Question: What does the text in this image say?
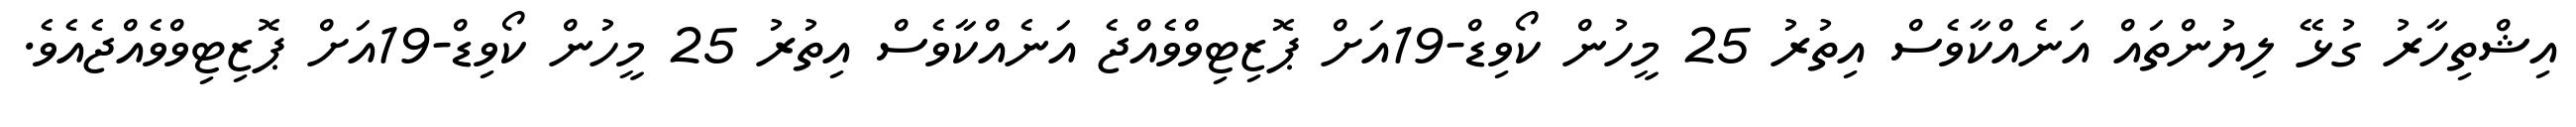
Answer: އިޝްތިހާރު ގުޅޭ ލިޔުންތައް އަނެއްކާވެސް އިތުރު 25 މީހުން ކޯވިޑް-19އަށް ޕޮޒިޓިވްވެއްޖެ އަނެއްކާވެސް އިތުރު 25 މީހުން ކޯވިޑް-19އަށް ޕޮޒިޓިވްވެއްޖެއެވެ.